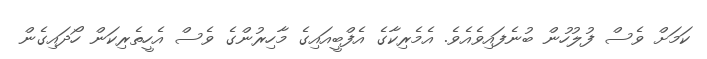
ކަމަށް ވެސް ފުލުހުން ބުނެފައިވެއެވެ. އެމެރިކާގެ އެފްބީއައިގެ މާހިރުންގެ ވެސް އެހީތެރިކަން ހޯދައިގެން